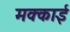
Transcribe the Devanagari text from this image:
मक्काई